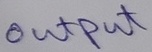
Text: OUTPUT